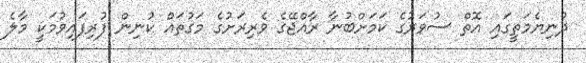
ދުނިޔެމަތީގައި އޮތް ސުވަރުގެ ކަމަށްބުނާ ރާއްޖޭގެ ވެރިރަށުގެ މަގުތައް ކުނިން ފުރިފައިވުމަކީ މާލެ